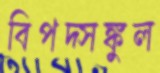
বিপদ্‌সঙ্কুল